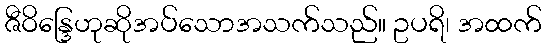
ဇီဝိန္ဒြေဟုဆိုအပ်သောအသက်သည်။ ဥပရိ၊ အထက်